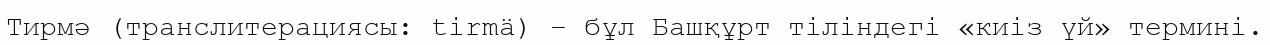
Тирмә (транслитерациясы: tirmä) – бұл Башқұрт тіліндегі «киіз үй» термині.